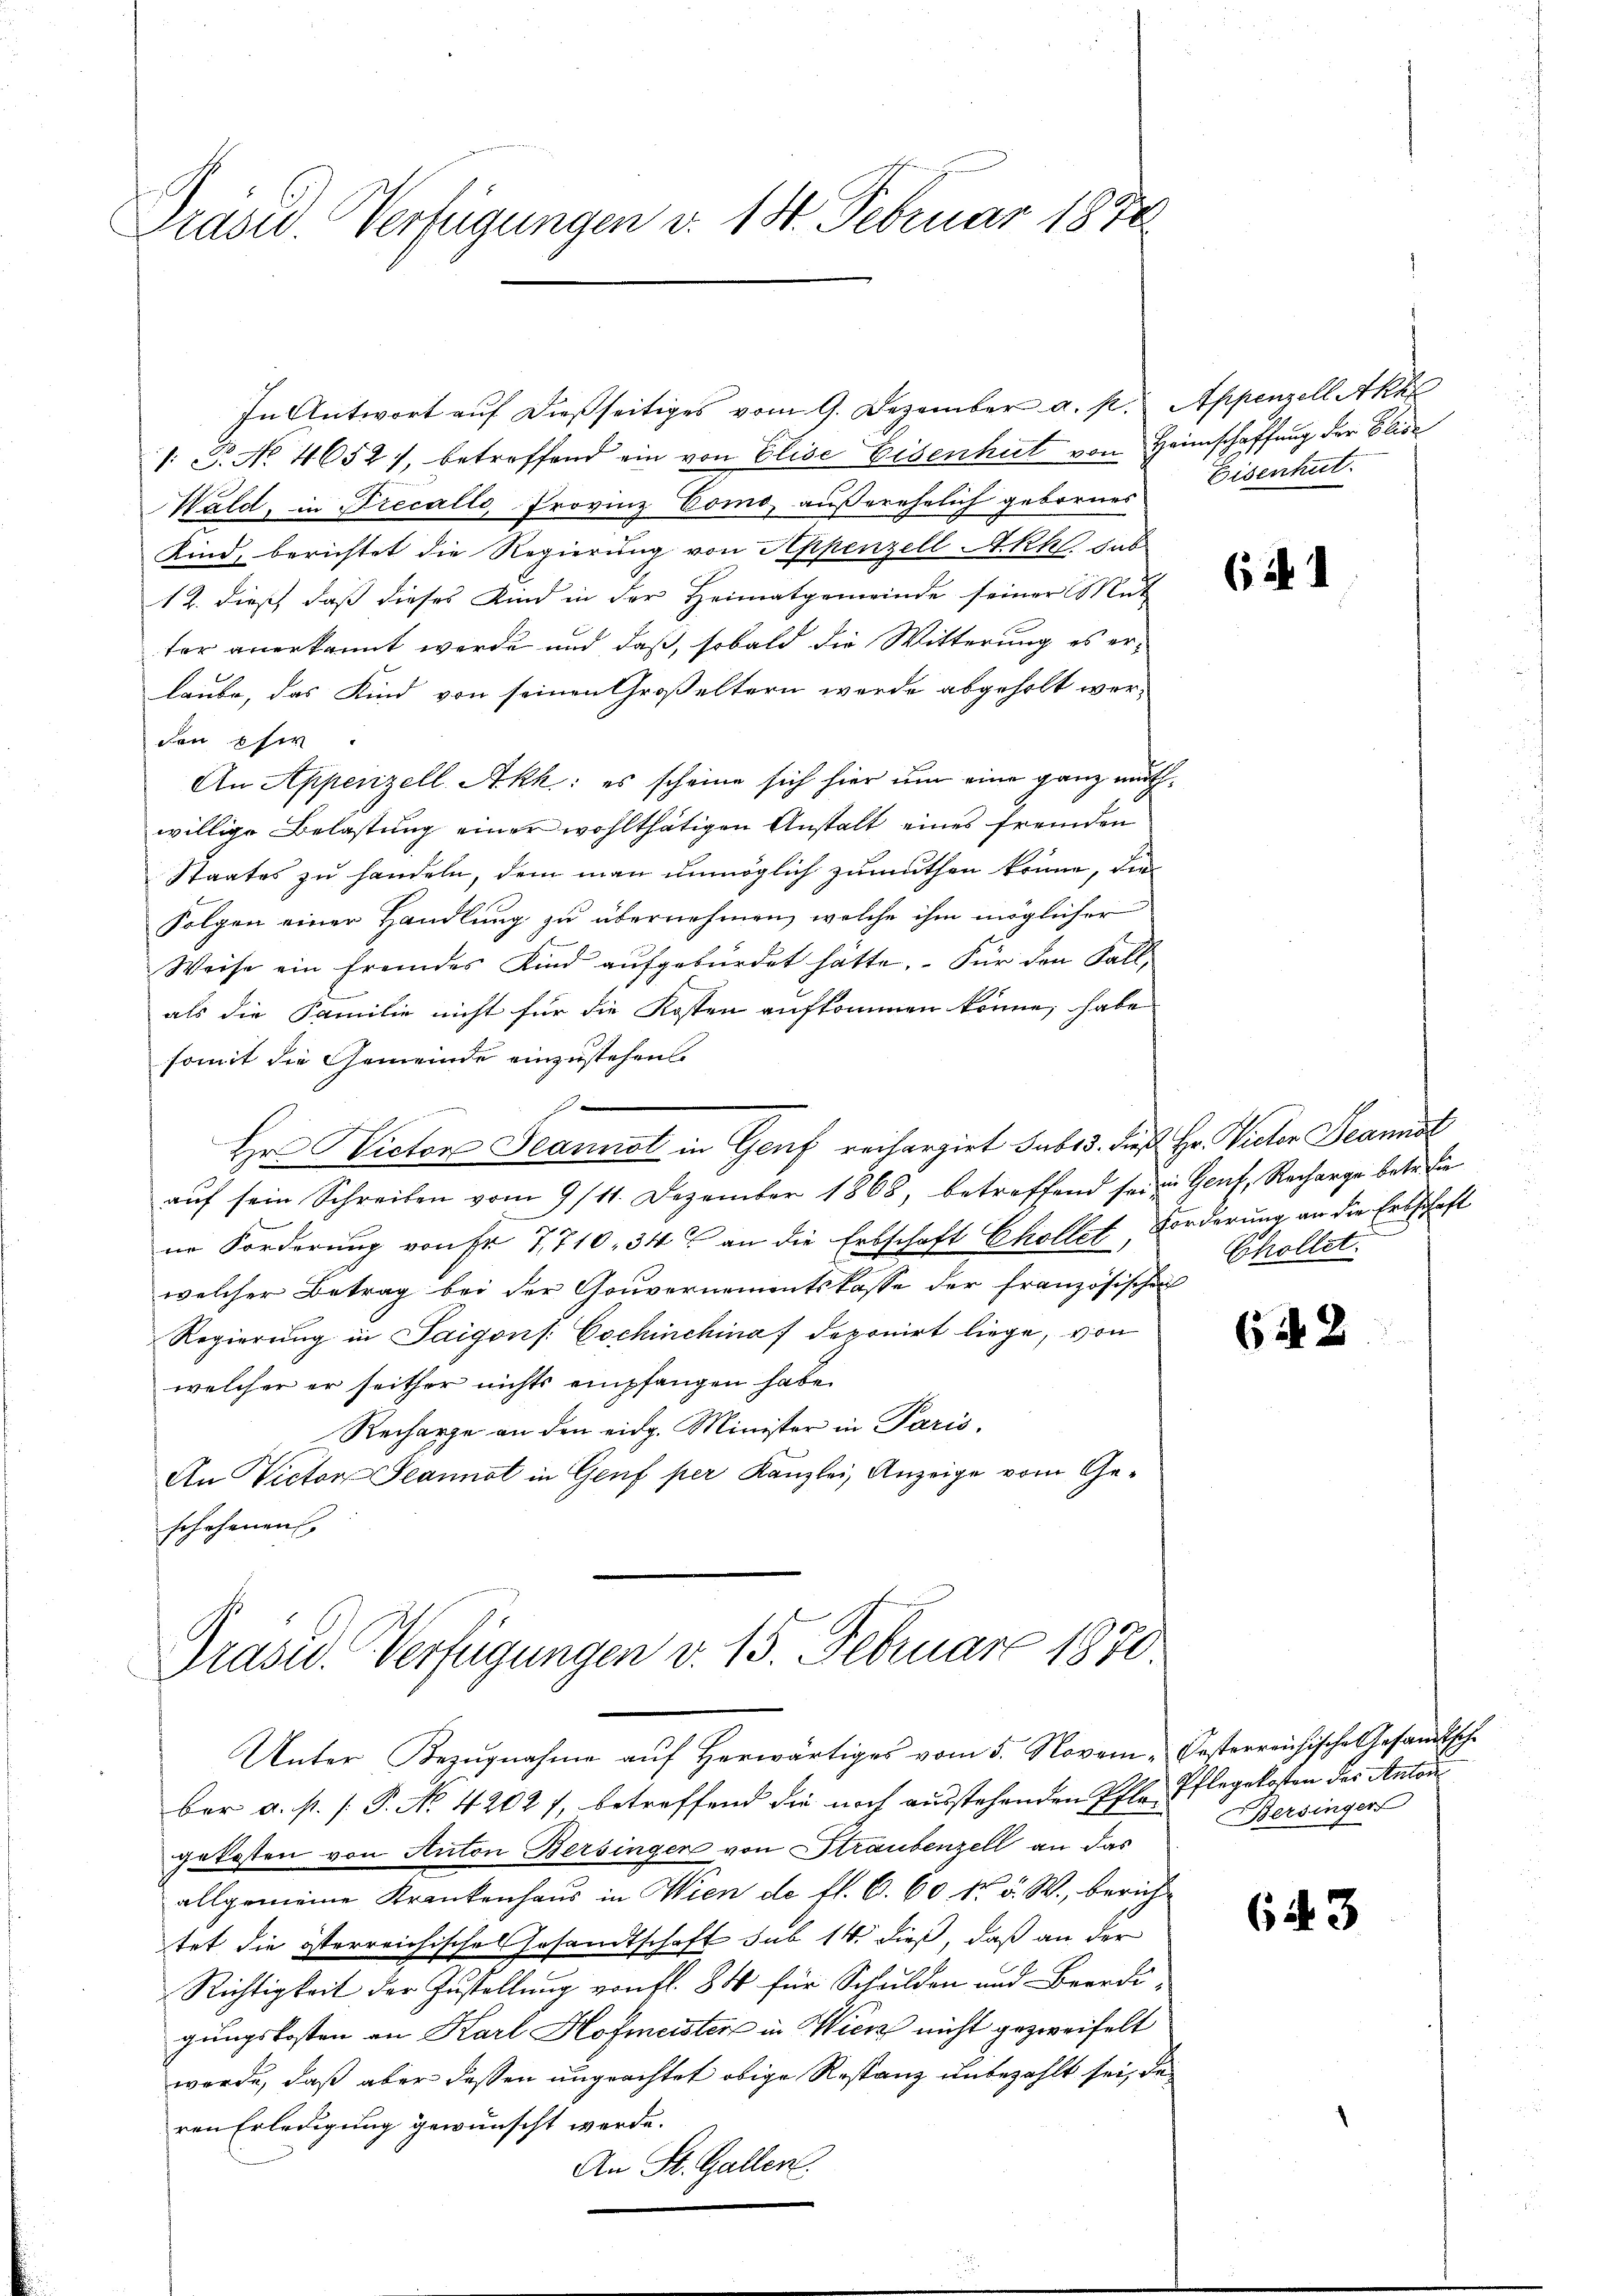
Präsid. Verfügungen d. 18. Februar 1870

1. P. No. 4652), betreffend ein von Elise Eisenhut von Heimschaffung der Elis
Wald, in Precalte, Provinz Como, außerehelich gebornes
Kind, berichtet die Regierung von Appenzell Akhl, sub
12. dieß, daß dieses Kind in der Heimatgemeinde seiner Mut
tor anerkannt werde und daß, sobald die Witterung es erlaube, das Kind von seinen Großeltern werde abgeholt werden für
An Appenzell Akk: es scheine sich hier um eine ganz muthwillige Belastung einer wohlthätigen Anstalt eines fremden
Staates zu handeln, dem man unmöglich zumuthen könne, die
Folgen einer Handlung zu übernehmen, welche ihm möglicher
Weise ein fremdes Kind aufgebürdet hätte. Für den Fall,
als die Familie nicht für die Kosten aufkommen könne, habe
somit die Gemeinde einzustehen.
Hrn Wictor Scannst in Genf rechargirt subs 3. dieß Hr. Victor Beanst
aŭf sein Schreiben vom 9/11. Dezember 1868, betreffend sei in Genf, Recharge betr. die
ne Forderung von Fr. 7710, 34 an die Erbschaft Chollet, Forderung an die Erbschaft
welcher Betrag bei der Gouvernementskasse der französischen
Regierung in Saigons: Cochinchina deponirt liege, von
welcher er seither nichts empfangen habe.
Recharge an den eidg. Minister in Paris.
An Victor Jeannot in Genf per Kanzlei, Anzeige vom Geschehenen

In Antwort auf dießseitiges vom 9. Dezember a. p. Appenzell Akte

Präsid.. Verfügungen v. 15. Februar 1870.

Unter Bezŭgnahme aŭf herwärtiges vom 5. Novem- Oesterreichische Gesandtsche

Eisenhut.

ber a. p. [ P. No. 4202 f., betreffend die noch ausstehenden Pfle Pflegekosten des Anton
gekosten von Anton Bersingen von Straubenzell an das
allgemeine Krankenhaus in Wien de fl. 6. 60 Fr. v. W., berichtet die österreichisches Gesandtschaft sub 14. dieß, daß an der
Richtigkeit der Zustellung von fl. 84 für Schulden und Beerdigungskosten an Karl Hofmeister in Wien nicht gezweifelt
werde, daß aber dassen ungeachtet obige Restanz unbezahlt sei, de
ren Erledigung gewünscht werde.
An St. Gallen.

(i

Chollet.

62

Bersinger

643